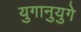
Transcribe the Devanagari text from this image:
युगानुयुगे